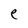
Character: e